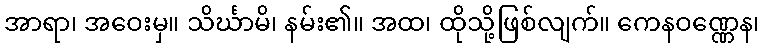
အာရာ၊ အဝေးမှ။ သိင်္ဃာမိ၊ နမ်း၏။ အထ၊ ထိုသို့ဖြစ်လျက်။ ကေနဝဏ္ဏေန၊